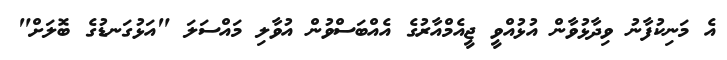
އެ މަނިކުފާނު ވިދާޅުވާން އުޅުއްވީ ޖީއެމްއާރުގެ އެއްބަސްވުން އުވާލި މައްސަލަ "އަޅުގަނޑުގެ ބޮލަށް"